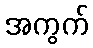
အကွက်